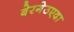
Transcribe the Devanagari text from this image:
बेरगेउएदा